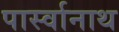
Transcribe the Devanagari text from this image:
पार्स्‍वानाथ